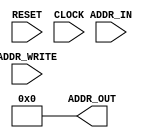
/* 
 * RESET      :  0
 * CLOCK      :  /
 * ADDR_IN    : 
 * ADDR_WRITE : 01
 * ADDR_OUT   : 
 */
module PROGRAM_COUNTER (RESET, CLOCK, ADDR_IN, ADDR_WRITE, ADDR_OUT);
	input        RESET;
	input        CLOCK;
	input  [5:0] ADDR_IN;
	input        ADDR_WRITE;
	output [5:0] ADDR_OUT;

	reg    [5:0] ADDR_OUT;

	// 
	always @(~RESET) begin
		ADDR_OUT <= 6'b0;
	end

	// 
	always @(posedge CLOCK) begin
		if (RESET) begin
			ADDR_OUT <= ADDR_WRITE ? ADDR_IN : (ADDR_OUT + 6'b1);
		end
	end

endmodule